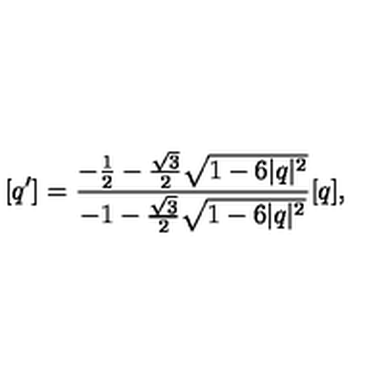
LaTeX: [ q ^ { \prime } ] = \frac { - \frac { 1 } { 2 } - \frac { \sqrt { 3 } } { 2 } \sqrt { 1 - 6 | q | ^ { 2 } } } { - 1 - \frac { \sqrt { 3 } } { 2 } \sqrt { 1 - 6 | q | ^ { 2 } } } [ q ] ,